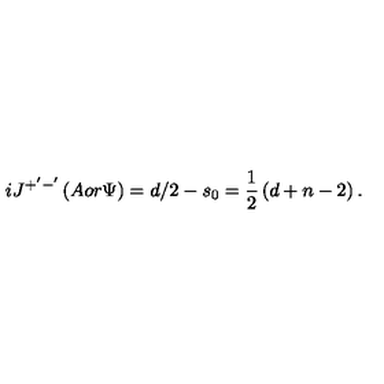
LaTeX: i J ^ { + ^ { \prime } - ^ { \prime } } \left( A o r \Psi \right) = d / 2 - s _ { 0 } = \frac 1 2 \left( d + n - 2 \right) .